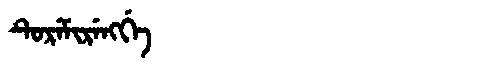
Manchu: ᡨᡠᡵᡝᠮᡳᡵᡝᠩᡤᡝ
Romanization: TUREMIRENGGE